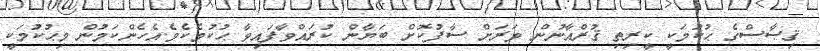
ޤިޞާސްގެ ޙުކުމަކީ ކީރިތި ޤުރްއާނުން ވަރަށް ސާފުކޮށް ބަޔާން ކުރައްވާފައިވާ ޙުކުމެކެވެ.އެހެންކަމުން މިޙުކުމަކީ